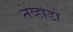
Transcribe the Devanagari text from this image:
नेव्हाडो